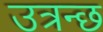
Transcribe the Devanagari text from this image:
उत्रन्छ